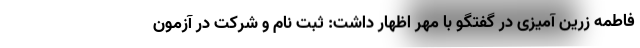
فاطمه زرین آمیزی در گفتگو با مهر اظهار داشت: ثبت نام و شرکت در آزمون